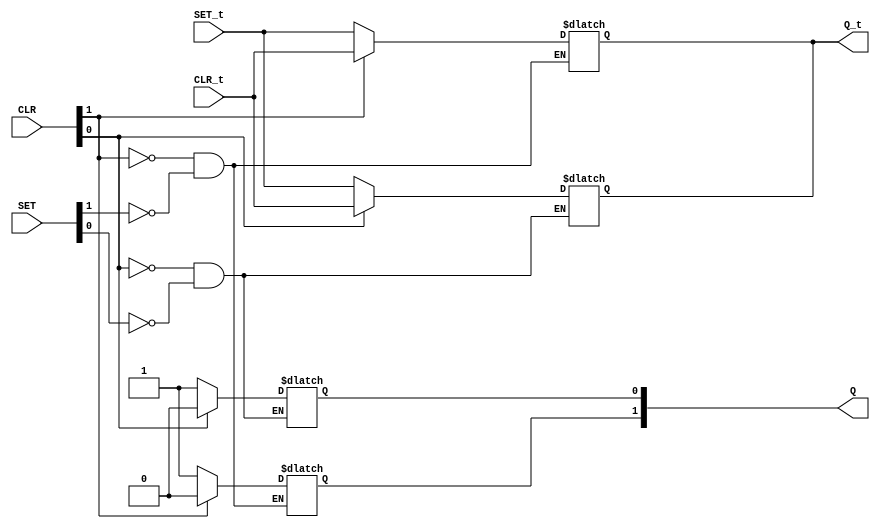
/* Generated by Yosys 0.20 (git sha1 4fcb95ed087, clang  -fPIC -Os) */

(* dynports =  1  *)
(* src = "dlatch.v:1.1-15.10" *)
module m_0(CLR,CLR_t,SET, SET_t, Q, Q_t);
  (* src = "dlatch.v:7.19-7.20" *)
  input [1:0] CLR;
  wire [1:0] CLR;
  (* src = "dlatch.v:8.24-8.25" *)
  output [1:0] Q;
  reg [1:0] Q;
  (* src = "dlatch.v:6.7-6.9" *)
  input [1:0] SET;
  wire [1:0] SET;
  
  input wire [31:0] CLR_t;
  input wire [31:0] SET_t;
  output reg [31:0] Q_t = 0;
  (* src = "dlatch.v:10.1-13.4" *)
  always @*
    if (CLR[0])begin
     Q[0] <= 1'b0;
     Q_t <= CLR_t;
     end
    else if (SET[0])begin
     Q[0] <= 1'b1;
     Q_t <= SET_t;
     end
  (* src = "dlatch.v:10.1-13.4" *)
  always @*
    if (CLR[1])begin
     Q[1] <= 1'b0;
     Q_t <= CLR_t;
     end
    else if (SET[1])begin
     Q[1] <= 1'b1;
     Q_t <= SET_t;
     end
endmodule